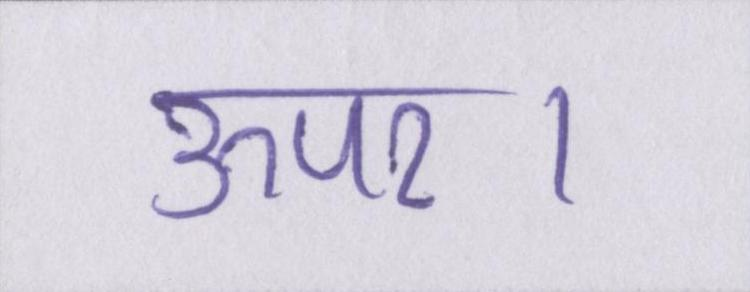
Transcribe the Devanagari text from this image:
ऊपर।